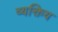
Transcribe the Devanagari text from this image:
व्यक्तिय